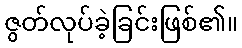
ဇွတ်လုပ်ခဲ့ခြင်းဖြစ်၏။